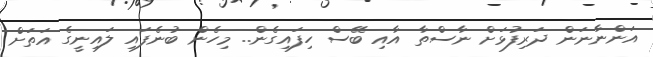
އަންނާނަން ދަރިފުޅަށް ނާސްތާ އާއި ބޭސް ހިފައިގެން.. މިހެން ބުނެފައި ލައިނީގެ އަތަށް